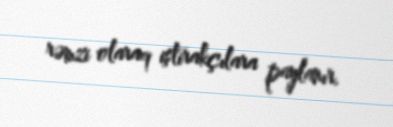
rəmzi olaraq iştirakçılara paylanır.